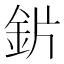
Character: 𬫄